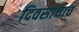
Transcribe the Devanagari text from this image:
दिवसांचाच